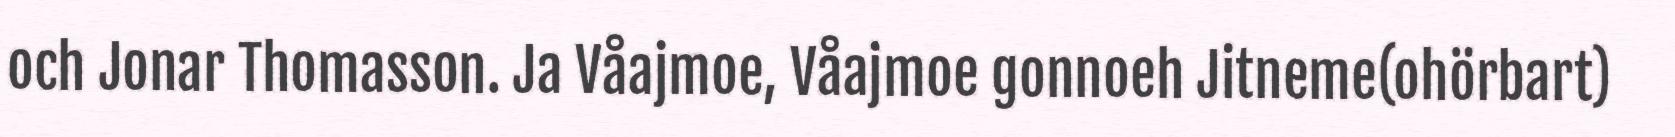
och Jonar Thomasson. Ja Våajmoe, Våajmoe gonnoeh Jitneme(ohörbart)